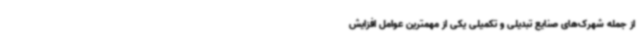
از جمله شهرک‌های صنایع تبدیلی و تکمیلی یکی از مهمترین عوامل افزایش